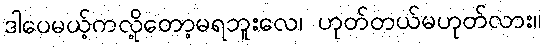
ဒါပေမယ့်ကလို့တော့မရဘူးလေ၊ ဟုတ်တယ်မဟုတ်လား။